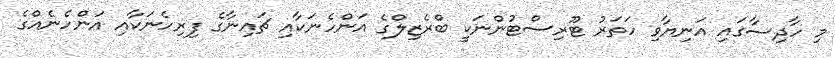
މި ހާދިސާގައި އަނިޔާވި ހަތަރު ޓޫރިސްޓުންނަކީ ބްރެޒިލްގެ އަންހެނަކާއި ޗައިނާގެ ފިރިހެނަކާއި އަންހެނެއްގެ